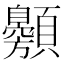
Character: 䫵